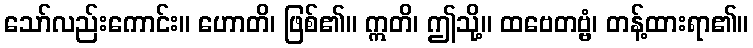
သော်လည်းကောင်း။ ဟောတိ၊ ဖြစ်၏။ ဣတိ၊ ဤသို့။ ထဗေတဗ္ဗံ၊ တန့်ထားရာ၏။